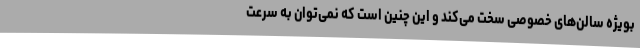
بویژه سالن‌های خصوصی سخت می‌کند و این چنین است که نمی‌توان به سرعت